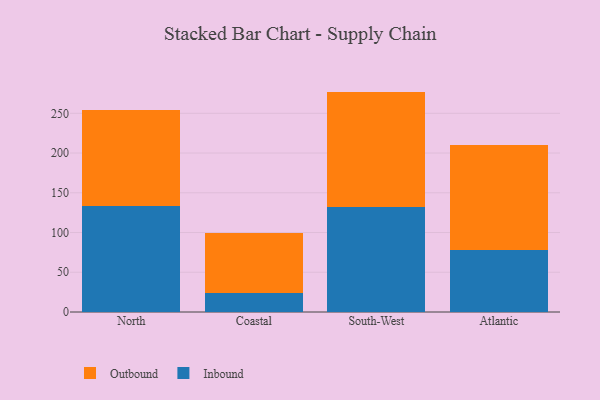
{"axis": {"x": "Region", "y": "Shipments"}, "legend": ["Inbound", "Outbound"], "data": [{"x": "North", "y": 133.5, "type": "Inbound"}, {"x": "North", "y": 120.2, "type": "Outbound"}, {"x": "Coastal", "y": 23.8, "type": "Inbound"}, {"x": "Coastal", "y": 75.0, "type": "Outbound"}, {"x": "South-West", "y": 131.9, "type": "Inbound"}, {"x": "South-West", "y": 145.4, "type": "Outbound"}, {"x": "Atlantic", "y": 77.6, "type": "Inbound"}, {"x": "Atlantic", "y": 132.8, "type": "Outbound"}]}